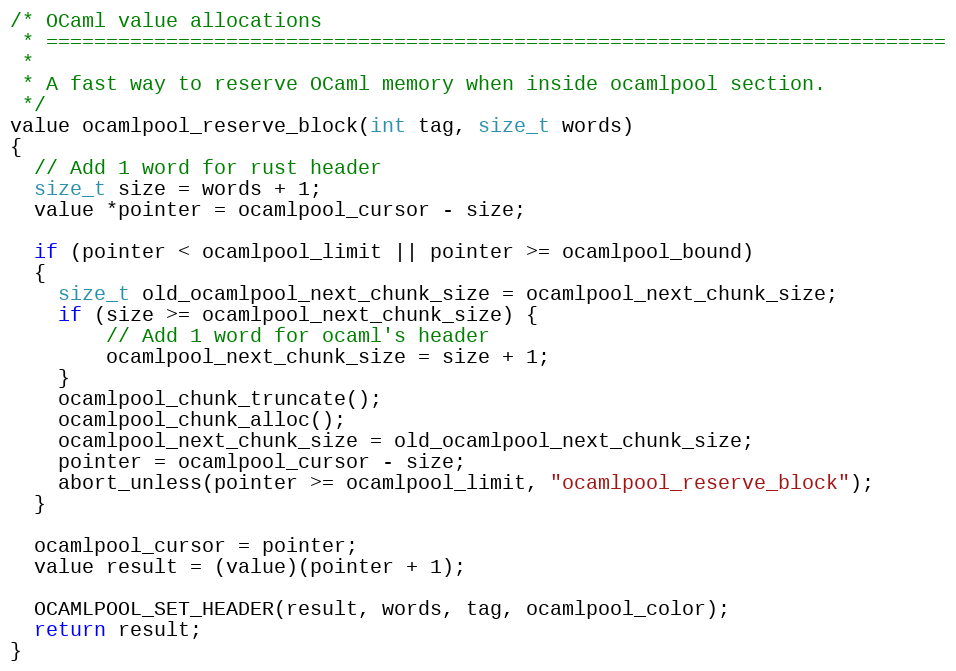
Language: C
/* OCaml value allocations
 * ===========================================================================
 *
 * A fast way to reserve OCaml memory when inside ocamlpool section.
 */
value ocamlpool_reserve_block(int tag, size_t words)
{
  // Add 1 word for rust header
  size_t size = words + 1;
  value *pointer = ocamlpool_cursor - size;

  if (pointer < ocamlpool_limit || pointer >= ocamlpool_bound)
  {
    size_t old_ocamlpool_next_chunk_size = ocamlpool_next_chunk_size;
    if (size >= ocamlpool_next_chunk_size) {
        // Add 1 word for ocaml's header
        ocamlpool_next_chunk_size = size + 1;
    }
    ocamlpool_chunk_truncate();
    ocamlpool_chunk_alloc();
    ocamlpool_next_chunk_size = old_ocamlpool_next_chunk_size;
    pointer = ocamlpool_cursor - size;
    abort_unless(pointer >= ocamlpool_limit, "ocamlpool_reserve_block");
  }

  ocamlpool_cursor = pointer;
  value result = (value)(pointer + 1);

  OCAMLPOOL_SET_HEADER(result, words, tag, ocamlpool_color);
  return result;
}